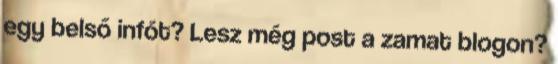
egy belső infót? Lesz még post a zamat blogon?